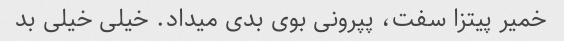
خمیر پیتزا سفت، پپرونی بوی بدی میداد. خیلی خیلی بد